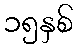
၁၅နှစ်